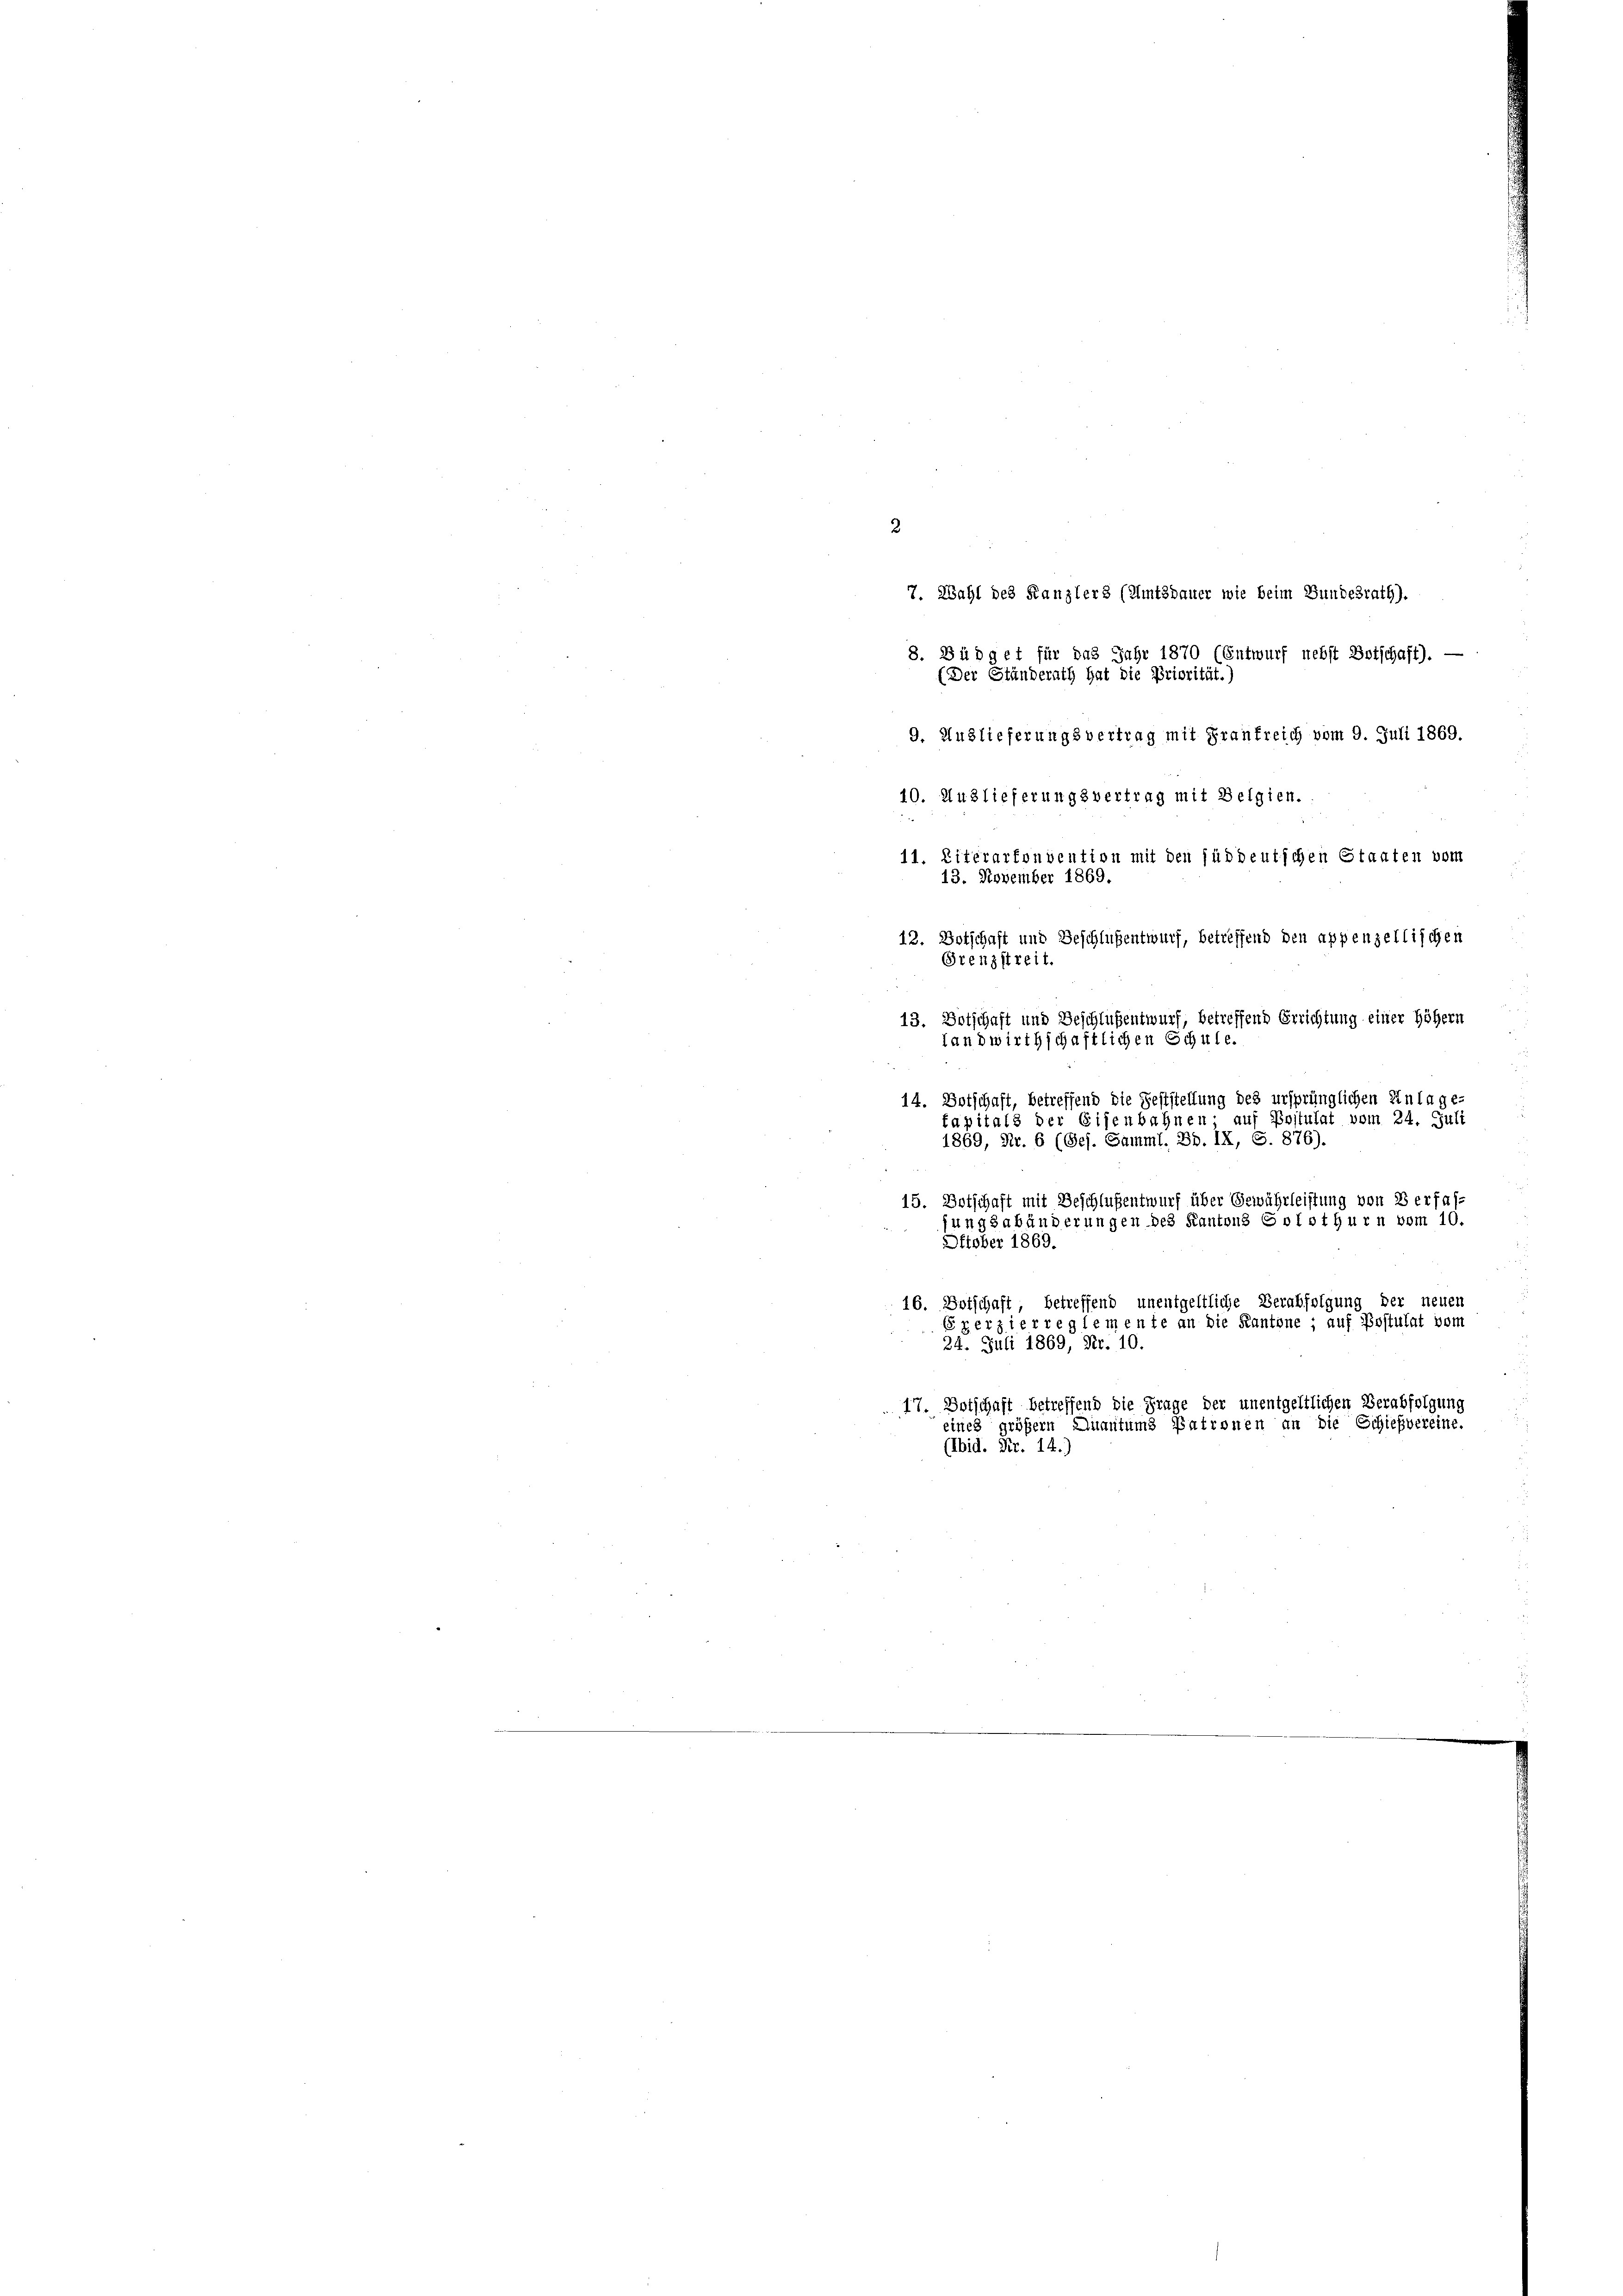
2
7. Wahl des Kanzlers (Amtsdauer wie beim Bundesrath).
8. Büdget für das Jahr 1870 (Entwurf nebst Botschaft). —
(Der Ständerath hat die Priorität.
9. Auslieferungsvertrag mit Graufreich vom 9. Juli 1869.
10. Auslieferungsvertrag mit Belgien.
11. Literarfonvention mit den jüddeutschen Staaten vom
13. November 1869.
12. Botschaft und Beschlußentwurf, betreffend den appenzellischen
Grenzstreit.
13. Botschaft und Beschlißentwurf, betreffend Errichtung einer höhern
landwirthschaftlichen Schule.
14. Botschaft, betreffend die Feststellung des ursprünglichen Einlage-
kapitals der Eisenbahnen; auf Postulat vom 24. Juli
1869, Nr. 6 (Ges. Samml. Bd. IX, S. 876).
15. Botschaft mit Beschlußentwurf über Gewährleistung von 8 erfas-
fungsabänderungen des Kantons Solothurn vom 10.
Oktober 1869.
16. Botschaft betreffend unentgeltliche Verabfolgung der neuen
Exerzierreglemente an die Kantone; auf Postulat vom
24. Juli 1869, Nr. 10.
17. Botschaft betreffend die Frage der unentgeltlichen Verabfolgung
eines größern Quantums Patronen an die Schießvereine.
(bid. Fr. 14.)